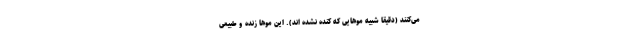
می‌کنند (دقیقا شبیه موهایی که کنده نشده اند). این موها زنده و طبیعی